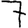
Digit: 7